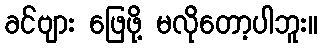
ခင်ဗျား ဖြေဖို့ မလိုတော့ပါဘူး။